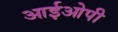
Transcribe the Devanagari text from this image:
आईओपी